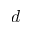
d